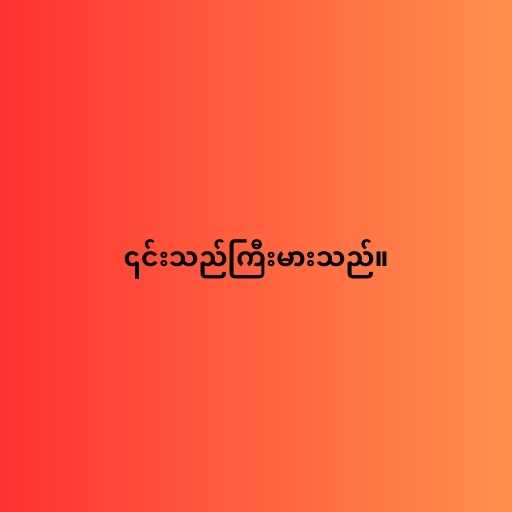
၎င်းသည်ကြီးမားသည်။